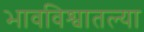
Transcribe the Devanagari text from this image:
भावविश्वातल्या